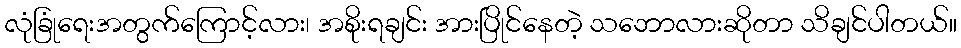
လုံခြုံရေးအတွက်ကြောင့်လား၊ အစိုးရချင်း အားပြိုင်နေတဲ့ သဘောလားဆိုတာ သိချင်ပါတယ်။